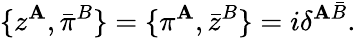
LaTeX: \{ z^{\mathbf{A}},\bar{{\pi}}^{B}\} =\{ \pi^{\mathbf{A}},\bar{{z}}^{B}\} =i\delta^{\mathbf{A}\bar{{B}}}.